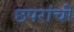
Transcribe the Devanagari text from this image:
छपरांची